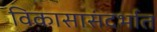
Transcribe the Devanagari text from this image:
विकासासंदर्भात